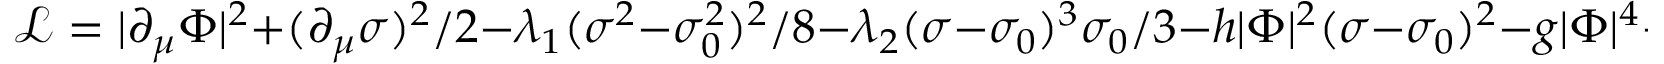
{ \mathcal { L } } = | \partial _ { \mu } \Phi | ^ { 2 } + ( \partial _ { \mu } \sigma ) ^ { 2 } / 2 - \lambda _ { 1 } ( \sigma ^ { 2 } - \sigma _ { 0 } ^ { 2 } ) ^ { 2 } / 8 - \lambda _ { 2 } ( \sigma - \sigma _ { 0 } ) ^ { 3 } \sigma _ { 0 } / 3 - h | \Phi | ^ { 2 } ( \sigma - \sigma _ { 0 } ) ^ { 2 } - g | \Phi | ^ { 4 } - \Lambda